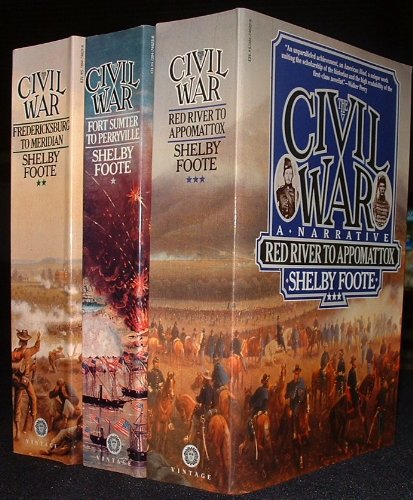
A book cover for The Civil War A Narrative Complete 3 Volume Set (Fort Sumter to Perryville, Fredericksburg to Meridian, Red River to Appomattox); Shelby Foote; Engineering & Transportation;